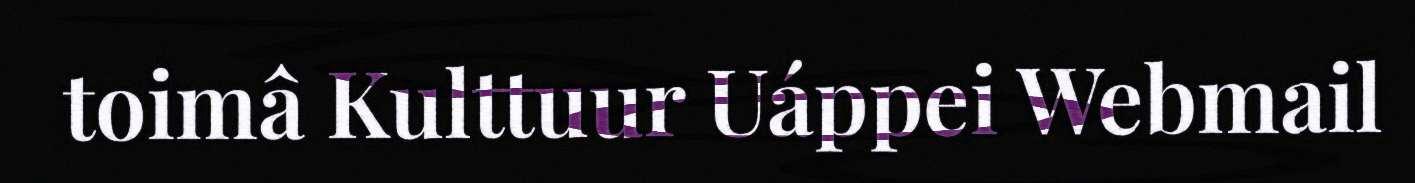
toimâ Kulttuur Uáppei Webmail